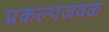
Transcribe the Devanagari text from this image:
प्रकल्पजवळ